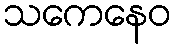
သကေနေဝ